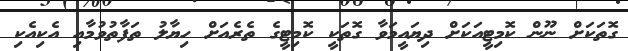
ގޮތަކަށް ނޫން ކޮމިޓީއަކަށް ދިޔައީމަވާ ގޮތަކީ ކޮމިޓީގެ ތެރެއަށް ހިޔާލު ތަފާތުވުމާއި އެކިއެކި